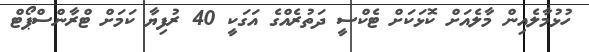
ހުޅުމާލެއިން މާލެއަށް ކޮޅަކަށް ޓެކްސީ ދަތުރެއްގެ އަގަކީ 40 ރުފިޔާ ކަމަށް ޓްރާންސްޕޯޓް